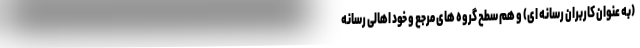
(به عنوان کاربران رسانه ای) و هم سطح گروه های مرجع و خود اهالی رسانه